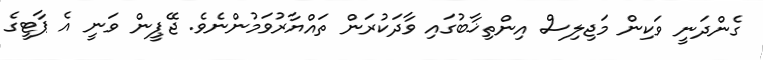
ގެންދަނީ ވަކިން މަޖިލިސް އިންތިޚާބުގައި ވާދަކުރަން ތައްޔާރުވަމުންނެވެ. ޖޭޕީން ވަނީ އެ ޕާޓީގެ